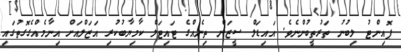
ޕޮއިންޓު ލިބުނު ތަރުތީބުންނެވެ. އައިޑަލް ސީޒަން ތިނެއްގެ ޓައިޓަލް ކާމިޔާބުކުރި އަޒަލްއަށް އިނާމެއްގެގޮތުގައި